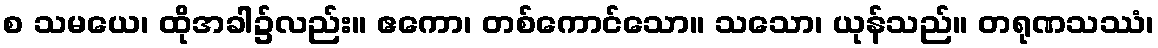
စ သမယေ၊ ထိုအခါ၌လည်း။ ဧကော၊ တစ်ကောင်သော။ သသော၊ ယုန်သည်။ တရုဏသဿံ၊